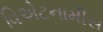
વિએટનામીસ